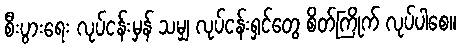
စီးပွားရေး လုပ်ငန်းမှန် သမျှ လုပ်ငန်းရှင်တွေ စိတ်ကြိုက် လုပ်ပါစေ။